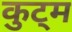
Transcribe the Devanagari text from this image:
कुट्म